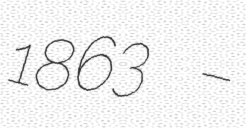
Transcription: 1863 –